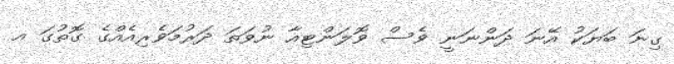
ގިނަ ބަޔަކު އޭނަ ދަންނަނީ ވެސް ވޮލަންޓިއާ ނުވަތަ ދަރުމަވެރިއެއްގެ ގޮތުގަ އ